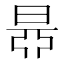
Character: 𣇅